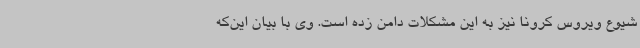
شیوع ویروس کرونا نیز به این مشکلات دامن زده است. وی با بیان این‌که